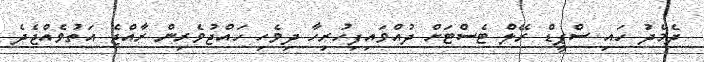
ދެމެދު ހައި ސްޕީޑް ރޭލް ޓެސްޓަށް ދުއްވައިފިހުރިހާ ދިވެހި ހައްޖުވެރިން ރާއްޖެ އަތުވެއްޖެދެ